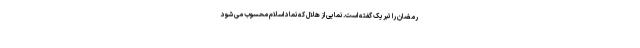
رمضان را تبریک گفته است. نمایی از هلال که نماد اسلام محسوب می شود